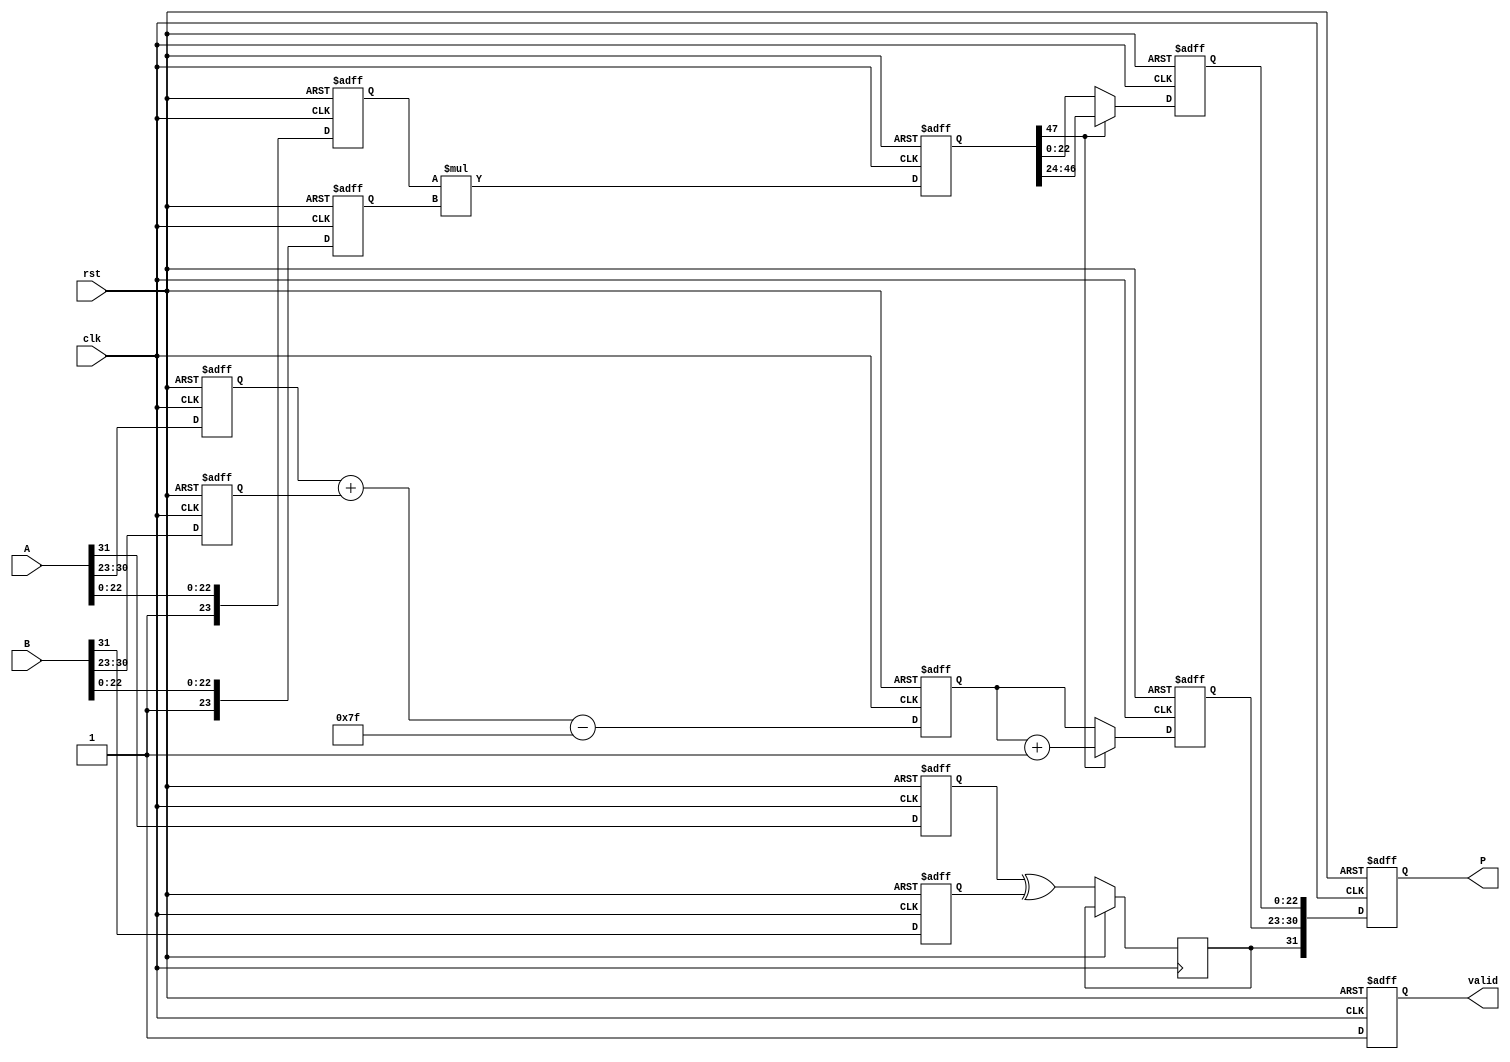
module fp_multiplier (
    input wire clk,
    input wire rst,
    input wire [31:0] A,
    input wire [31:0] B,
    output reg [31:0] P,
    output reg valid
);

    // Constants
    localparam BIAS = 127;
    localparam MANTISSA_WIDTH = 23;
    localparam EXPONENT_WIDTH = 8;
    localparam SIGN_WIDTH = 1;
    localparam MANTISSA_SIZE = MANTISSA_WIDTH + 1; // Include implicit leading 1

    // Pipeline registers
    reg [SIGN_WIDTH-1:0] sA, sB, sP;
    reg [EXPONENT_WIDTH-1:0] eA, eB, eP;
    reg [MANTISSA_SIZE-1:0] mA, mB, mP;
    reg [MANTISSA_SIZE*2-1:0] mP_temp; // Temporary for mantissa multiplication

    // Stage 1: Decomposing Inputs
    always @(posedge clk or posedge rst) begin
        if (rst) begin
            sA <= 0; eA <= 0; mA <= 0;
            sB <= 0; eB <= 0; mB <= 0;
        end else begin
            sA <= A[31];
            eA <= A[30:23];
            mA <= {1'b1, A[22:0]}; // Normalized mantissa with implicit leading 1

            sB <= B[31];
            eB <= B[30:23];
            mB <= {1'b1, B[22:0]}; // Normalized mantissa with implicit leading 1
        end
    end

    // Stage 2: Exponent Calculation
    always @(posedge clk or posedge rst) begin
        if (rst) begin
            eP <= 0;
        end else begin
            eP <= eA + eB - BIAS; // Exponent calculation
        end
    end

    // Stage 3: Mantissa Multiplication
    always @(posedge clk or posedge rst) begin
        if (rst) begin
            mP_temp <= 0;
        end else begin
            mP_temp <= mA * mB; // Mantissa multiplication
        end
    end

    // Stage 4: Normalization
    reg [MANTISSA_SIZE-1:0] mP_normalized;
    reg [EXPONENT_WIDTH-1:0] eP_normalized;

    always @(posedge clk or posedge rst) begin
        if (rst) begin
            mP_normalized <= 0;
            eP_normalized <= 0;
        end else begin
            if (mP_temp[MANTISSA_SIZE*2-1]) begin // Check for overflow
                mP_normalized <= mP_temp[MANTISSA_SIZE*2-2:MANTISSA_SIZE]; // Shift right
                eP_normalized <= eP + 1;
            end else begin
                mP_normalized <= mP_temp[MANTISSA_SIZE-1:0]; // Already in range
                eP_normalized <= eP;
            end
        end
    end

    // Stage 5: Assembling Final Output
    always @(posedge clk or posedge rst) begin
        if (rst) begin
            P <= 0;
            valid <= 0;
        end else begin
            sP <= sA ^ sB; // Sign of the product
            P <= {sP, eP_normalized, mP_normalized[MANTISSA_WIDTH-1:0]}; // Assemble final product
            valid <= 1; // Output is valid
        end
    end

endmodule